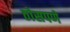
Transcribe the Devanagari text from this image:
ठोसपणे